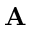
{ \mathbf A }